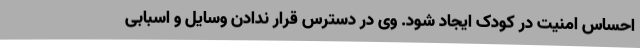
احساس امنیت در کودک ایجاد شود. وی در دسترس قرار ندادن وسایل و اسبابی